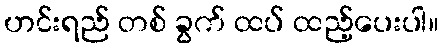
ဟင်းရည် တစ် ခွက် ထပ် ထည့်ပေးပါ။